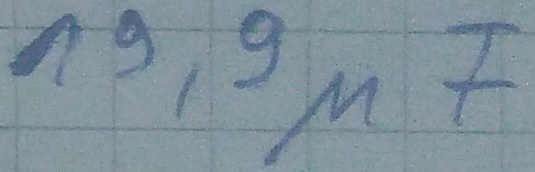
Text: 19,9µF